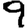
Digit: 9